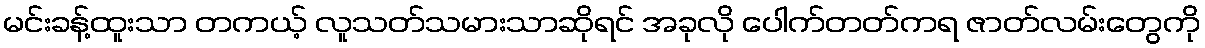
မင်းခန့်ထူးသာ တကယ့် လူသတ်သမားသာဆိုရင် အခုလို ပေါက်တတ်ကရ ဇာတ်လမ်းတွေကို